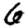
Digit: 6